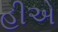
હીએ